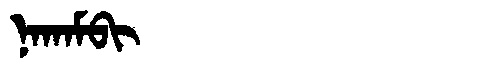
Manchu: ᠨᠠᡴᠠᠮᠪᡳ
Romanization: NAKAMBI